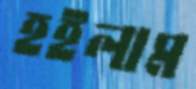
হইলাম